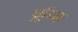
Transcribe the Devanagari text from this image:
फ़्रॅन्क